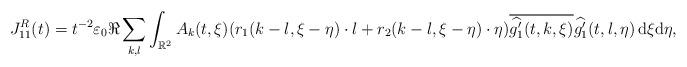
LaTeX: \begin{align*}J_{11}^R(t)=t^{-2}\varepsilon_0\Re\sum_{k,l}\int_{\mathbb{R}^2}A_k(t,\xi)(r_1(k-l,\xi-\eta)\cdot l+r_2(k-l,\xi-\eta)\cdot\eta)\overline{\widehat{g_1'}(t,k,\xi)}\widehat{g_1'}(t,l,\eta)\,\mathrm{d}\xi\mathrm{d}\eta,\end{align*}